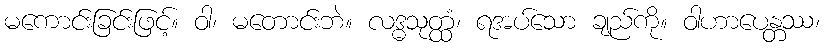
မကောင်းခြင်းဖြင့်။ ဝါ၊ မတောင်းဘဲ။ လဒ္ဓသုတ္ထံ၊ ရအပ်သော ချည်ကို။ ဝါဟာပေန္တဿ၊